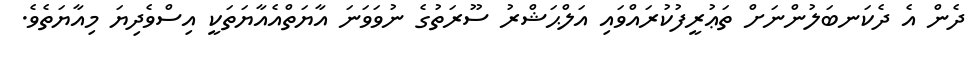
ދެން އެ ދެކަނބަލުންނަށް ތަޢުރީފުކުރައްވައި އަލްޙަޝްރު ސޫރަތުގެ ނުވަވަނަ އާޔަތްއެއާޔަތަކީ އިސްވެދިޔަ މިއާޔަތެވެ.